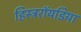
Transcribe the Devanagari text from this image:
हिस्ट्ररॉयडिया